Senior Leaving Certificate Examination (including Day School Certificate (Higher) General paper), 1946
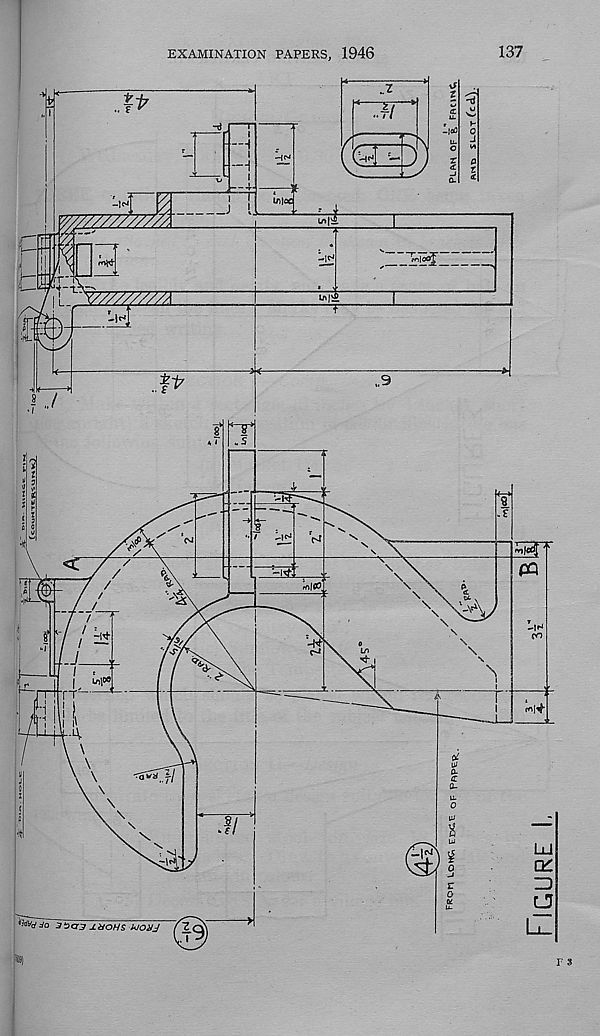
EXAMINATION PAPERS, 1946
137